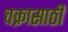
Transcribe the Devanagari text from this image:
चक्रासाठी